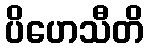
ပိဟေသီတိ